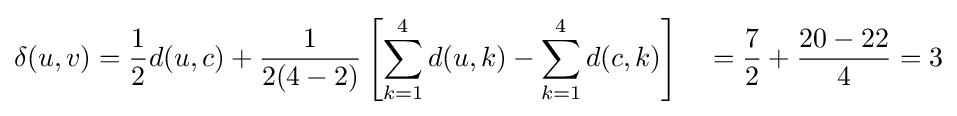
\delta (u,v)={\frac {1}{2}}d(u,c)+{\frac {1}{2(4-2)}}\left[\sum _{k=1}^{4}d(u,k)-\sum _{k=1}^{4}d(c,k)\right]\quad ={\frac {7}{2}}+{\frac {20-22}{4}}=3